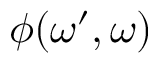
\phi ( \omega ^ { \prime } , \omega )